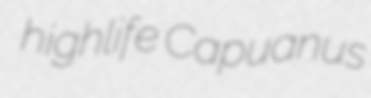
highlife Capuanus